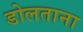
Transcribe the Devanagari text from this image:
डोलताना